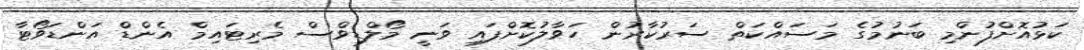
ކަޅުއޮށްފުންމި ބަނުމުގެ މަސައްކަތް ސަރުކާރުން ހަވާލުކޮށްފައި ވަނީ މޯލްޑިވްސް މެރިޓައިމް އެންޑް އަންޑަވޯޓާ